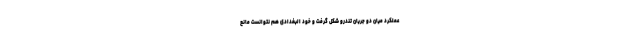
عملکرد میان دو جریان تندرو شکل گرفت و خود البغدادی هم نتوانست مانع